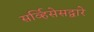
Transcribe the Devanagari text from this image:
सर्व्हिसेसद्वारे